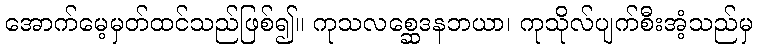
အောက်မေ့မှတ်ထင်သည်ဖြစ်၍။ ကုသလစ္ဆေဒနဘယာ၊ ကုသိုလ်ပျက်စီးအံ့သည်မှ